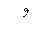
Letter: _waw